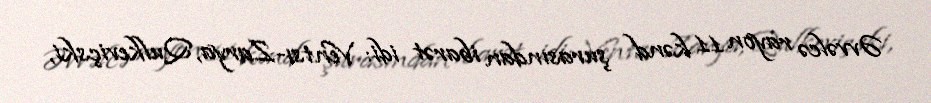
Əvvəlcə rayon 11 kənd şurasından ibarət idi: Ventsı-Zarya, Qulkeviçski,